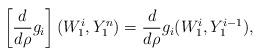
LaTeX: \begin{align*} \left[\frac{d}{d\rho} g_i\right](W_1^i, Y_1^{n}) = \frac{d}{d\rho} g_i(W_1^i, Y_1^{i-1}),\end{align*}